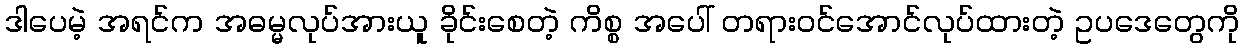
ဒါပေမဲ့ အရင်က အဓမ္မလုပ်အားယူ ခိုင်းစေတဲ့ ကိစ္စ အပေါ် တရားဝင်အောင်လုပ်ထားတဲ့ ဥပဒေတွေကို